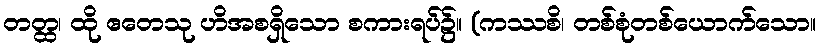
တတ္ထ၊ ထို ဧတေသု ဟိအစရှိသော စကားရပ်၌။ (ကဿစိ၊ တစ်စုံတစ်ယောက်သော။